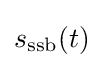
s_{\text{ssb}}(t)